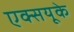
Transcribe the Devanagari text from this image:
एक्सयूके